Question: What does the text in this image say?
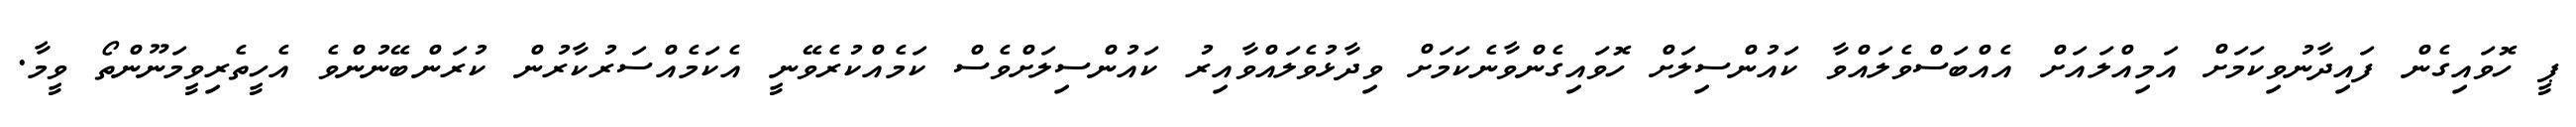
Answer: ޕީ ހޮވައިގެން ފައިދާނުވިކަމަށް އަމިއްލައަށް އެއްބަސްވެލައްވާ ކައުންސިލަށް ހޮވައިގެންވާނެކަމަށް ވިދާޅުވެލައްވާއިރު ކައުންސިލަށްވެސް ކަމެއްކުރެވޭނީ އެކަމެއްސަރުކާރުން ކުރަންބޭނުންވެ އެހީތެރިވީމަނޫންތޯ ވީމާ.